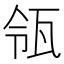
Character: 瓴